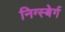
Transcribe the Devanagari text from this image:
निग्स्बेर्ग